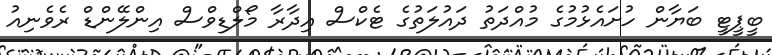
ބީޕީޓީ ބަޔާން ހުށައެޅުމުގެ މުއްދަތު ދައުލަތުގެ ޓެކްސް އިދާރާ މޯލްޑިވްސް އިންލޭންޑް ރެވެނިއު